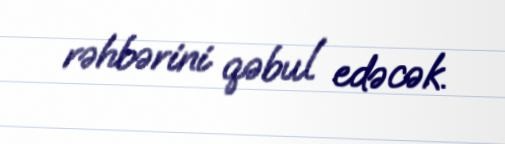
rəhbərini qəbul edəcək.